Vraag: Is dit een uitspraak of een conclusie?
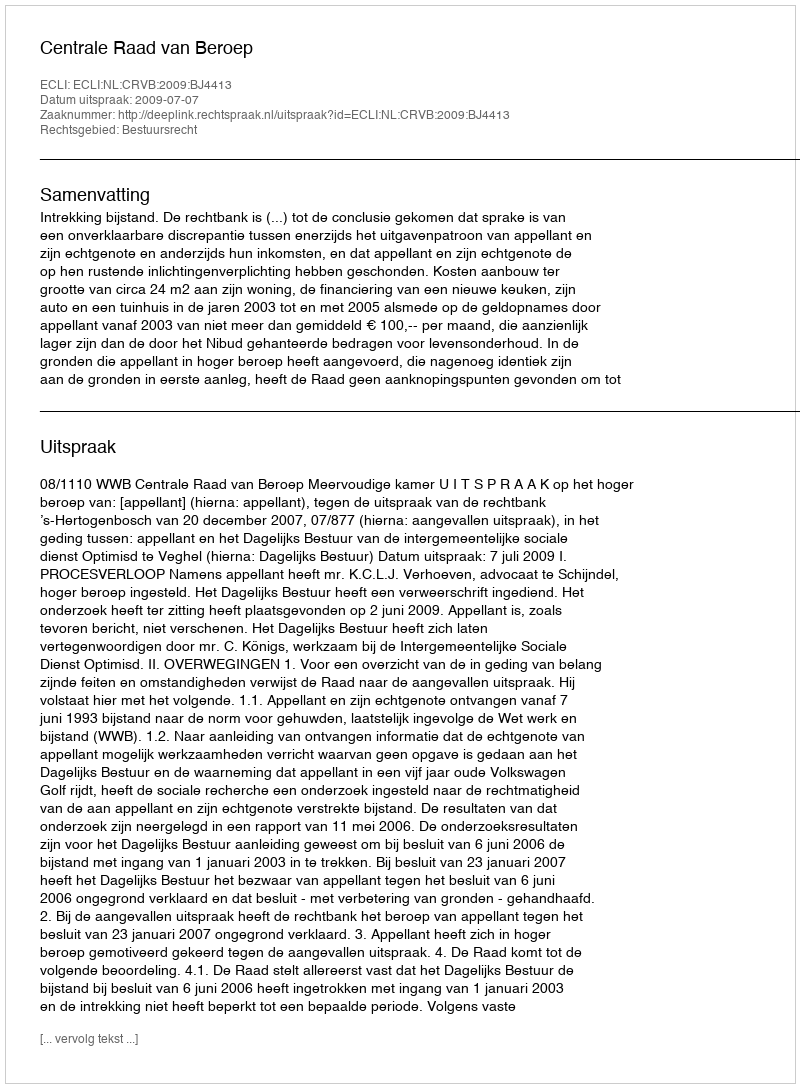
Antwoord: Uitspraak